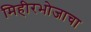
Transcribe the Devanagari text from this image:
मिहीरभोजाचा